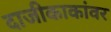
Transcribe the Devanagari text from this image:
दाजीकाकांवर